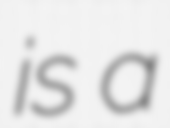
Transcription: is a